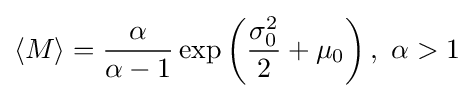
{\begin{aligned}\langle M\rangle ={\frac {\alpha }{\alpha -1}}\exp \left({\frac {\sigma _{0}^{2}}{2}}+\mu _{0}\right),\ \alpha >1\end{aligned}}